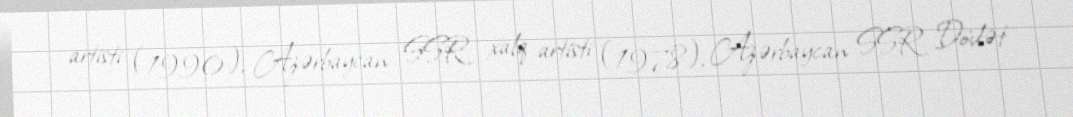
artisti (1990), Azərbaycan SSR xalq artisti (1978), Azərbaycan SSR Dövlət